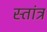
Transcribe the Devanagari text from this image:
स्तांत्र